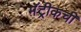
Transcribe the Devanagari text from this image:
मॅट्रीकची